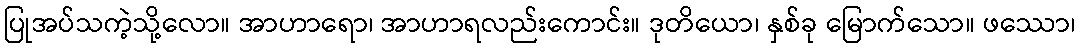
ပြုအပ်သကဲ့သို့လော။ အာဟာရော၊ အာဟာရလည်းကောင်း။ ဒုတိယော၊ နှစ်ခု မြောက်သော။ ဖဿော၊